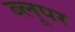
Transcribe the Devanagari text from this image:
ब्लूपर